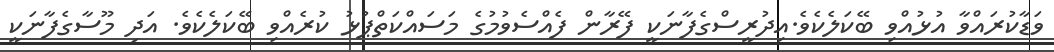
ވަޑާކުރައްވާ އުޅުއްވި ބޭކަލެކެވެ.އިދުރީސްގެފާނަކީ ފޭރާން ފެއްސެވުމުގެ މަސައްކަތްޕުޅު ކުރެއްވި ބޭކަލެކެވެ. އަދި މޫސާގެފާނަކީ